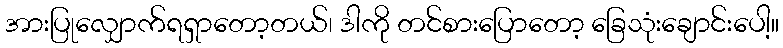
အားပြုလျှောက်ရရှာတော့တယ်၊ ဒါကို တင်စားပြောတော့ ခြေသုံးချောင်းပေါ့။